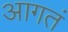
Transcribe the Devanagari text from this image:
आगतं